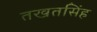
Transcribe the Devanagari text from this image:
तखतसिंह